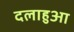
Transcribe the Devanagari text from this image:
दलाहुआ